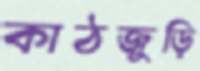
কাঠজুড়ি